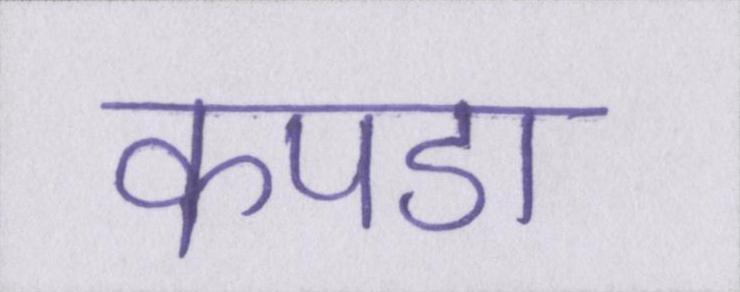
कपडा